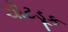
ચોટડૂક